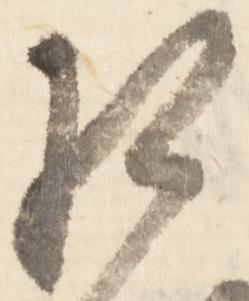
相